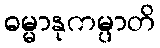
ဓမ္မာနုကမ္ပာတိ